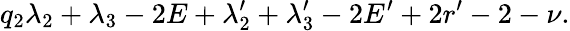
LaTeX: q_{2}\le\lambda_{2}+\lambda_{3}-2E+\lambda_{2}^{\prime}+\lambda_{3}^{\prime}-2E^{\prime}+2r^{\prime}-2-\nu.